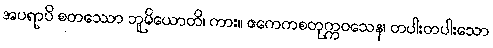
အပရာပိ စတဿော ဘူမိယောတိ၊ ကား။ ဧကေကစတုက္ကဝသေန၊ တပါးတပါးသော